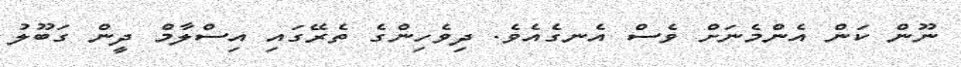
ނޫން ކަން އެންމެނަށް ވެސް އެނގެއެވެ. ދިވެހިންގެ ތެރޭގައި އިސްލާމް ދީން ގަބޫލު